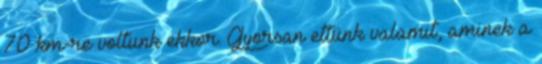
70 km-re voltunk ekkor. Gyorsan ettünk valamit, aminek a